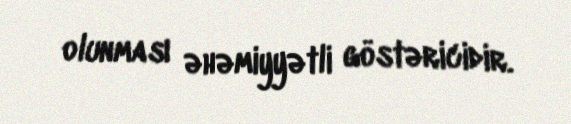
olunması əhəmiyyətli göstəricidir.